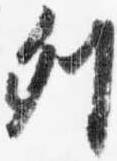
列